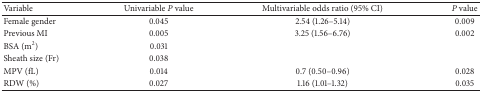
| Variable | Univariable P value | Multivariable odds ratio (95% CI) | P value |
 | --- | --- | --- | --- |
 | Female gender | 0.045 | 2.54 (1.26–5.14) | 0.009 |
 | Previous MI | 0.005 | 3.25 (1.56–6.76) | 0.002 |
 | BSA (m2) | 0.031 |  |  |
 | Sheath size (Fr) | 0.038 |  |  |
 | MPV (fL) | 0.014 | 0.7 (0.50–0.96) | 0.028 |
 | RDW (%) | 0.027 | 1.16 (1.01–1.32) | 0.035 |